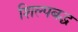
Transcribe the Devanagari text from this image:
शिल्पबद्ध